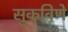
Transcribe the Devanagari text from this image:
सुकविणे